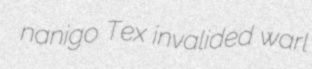
nanigo Tex invalided warl